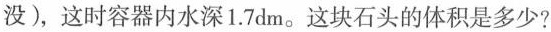
没)，这时容器内水深1.7dm。这块石头的体积是多少?